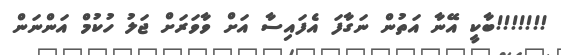
!!!!!!!ބާކީ އޭނާ އަތުން ނަގާފަ އެފައިސާ އަށް ވާވަރަށް ޖަލު ހުކުމް އަންނަން